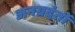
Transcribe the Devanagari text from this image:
अनग्रदंतों